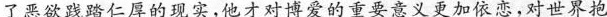
了恶欲践踏仁厚的现实，他才对博爱的重要意义更加依恋，对世界抱